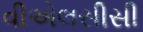
વીએલસીસી